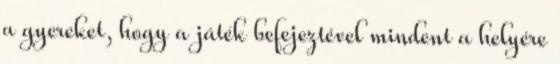
a gyereket, hogy a játék befejeztével mindent a helyére